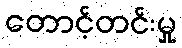
တောင့်တင်းမှု